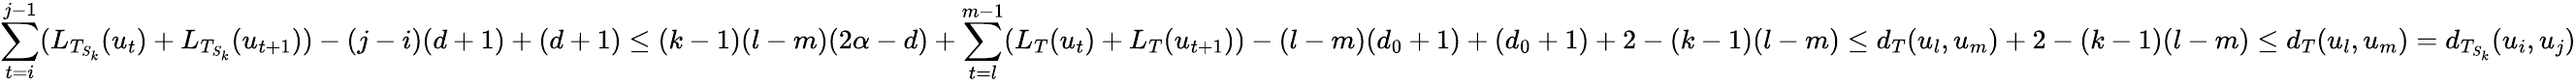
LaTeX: \sum_{t=i}^{j-1}(L_{T_{S_{k}}}(u_{t})+L_{T_{S_{k}}}(u_{t+1}))-(j-i)(d+1)+(d+1)\leq(k-1)(l-m)(2\alpha-d)+\sum_{t=l}^{m-1}(L_{T}(u_{t})+L_{T}(u_{t+1}))-(l-m)(d_{0}+1)+(d_{0}+1)+2-(k-1)(l-m)\leq d_{T}(u_{l},u_{m})+2-(k-1)(l-m)\leq d_{T}(u_{l},u_{m})=d_{T_{S_{k}}}(u_{i},u_{j})